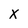
Character: x